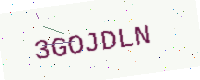
Text: 3GOJDLN